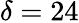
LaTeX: \delta=24